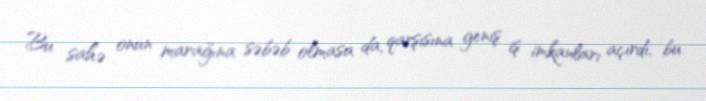
Bu sahə onun marağına səbəb olmasa da, qarşısına geniş iş imkanları açırdı, bu